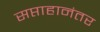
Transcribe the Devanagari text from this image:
सप्ताहानंतर